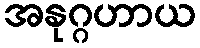
အနုဂ္ဂဟာယ